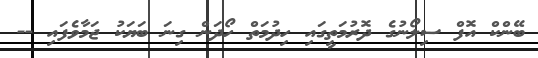
ބޭންކް އޮފް ސިލޯނުގެ ދޮރުމަތީގައި ހިިދުމަތް ހޯދަން ގިނަ ބަޔަކު ޖަމާވެފައި --